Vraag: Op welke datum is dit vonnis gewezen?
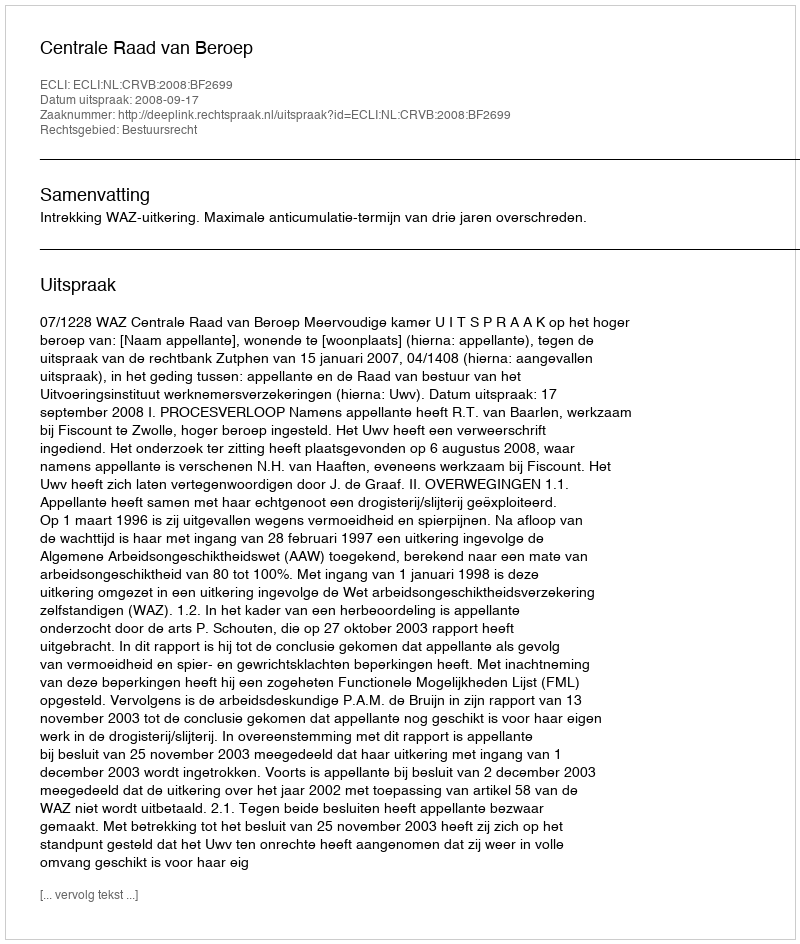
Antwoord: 2008-09-17